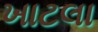
ખાટલા